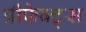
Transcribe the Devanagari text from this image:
प्रीफेक्ट्स